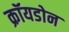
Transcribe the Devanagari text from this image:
क्रॉयडोन